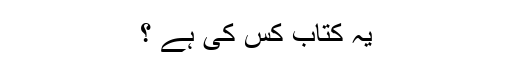
یہ کتاب کس کی ہے ؟